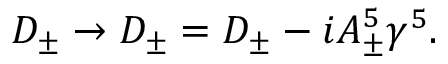
D _ { \pm } \rightarrow { \cal D } _ { \pm } = D _ { \pm } - i A _ { \pm } ^ { 5 } \gamma ^ { 5 } .